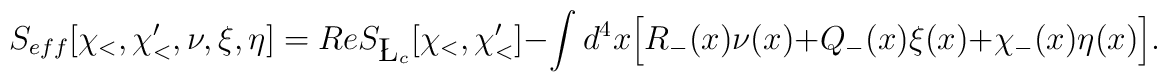
S_{eff}[\chi_<,\chi_<', \nu, \xi, \eta]= Re S_{\L_c}[\chi_<,\chi_<']- \int d^4x\Big[R_-(x) \nu (x) + Q_-(x) \xi(x) + \chi_-(x)\eta(x)\Big].